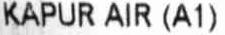
KAPUR AIR (A1)